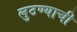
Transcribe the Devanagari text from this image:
लुटण्याची